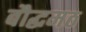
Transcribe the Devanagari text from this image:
बौद्धमठ